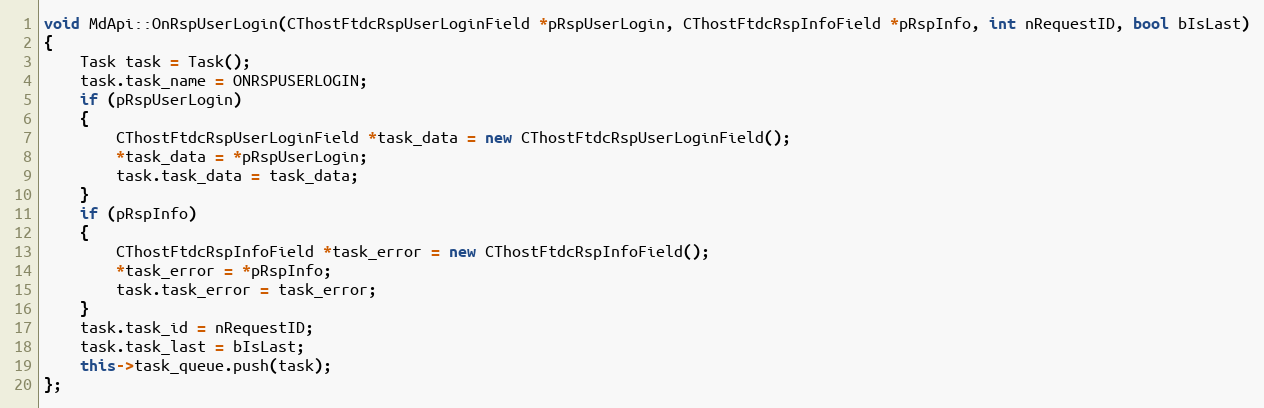
Language: C++
void MdApi::OnRspUserLogin(CThostFtdcRspUserLoginField *pRspUserLogin, CThostFtdcRspInfoField *pRspInfo, int nRequestID, bool bIsLast)
{
	Task task = Task();
	task.task_name = ONRSPUSERLOGIN;
	if (pRspUserLogin)
	{
		CThostFtdcRspUserLoginField *task_data = new CThostFtdcRspUserLoginField();
		*task_data = *pRspUserLogin;
		task.task_data = task_data;
	}
	if (pRspInfo)
	{
		CThostFtdcRspInfoField *task_error = new CThostFtdcRspInfoField();
		*task_error = *pRspInfo;
		task.task_error = task_error;
	}
	task.task_id = nRequestID;
	task.task_last = bIsLast;
	this->task_queue.push(task);
};